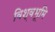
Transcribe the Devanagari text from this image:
विश्वभूमि